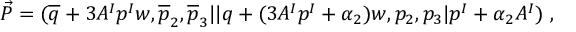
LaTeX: { \vec { P } } = ( { \overline { { q } } } + 3 A ^ { I } p ^ { I } w , { \overline { { p } } } _ { 2 } , { \overline { { p } } } _ { 3 } \vert \vert q + ( 3 A ^ { I } p ^ { I } + \alpha _ { 2 } ) w , p _ { 2 } , p _ { 3 } \vert p ^ { I } + \alpha _ { 2 } A ^ { I } ) ~ ,